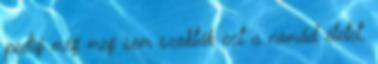
pedig még meg sem szokták ezt a nomád életet.